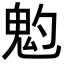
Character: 𩲃